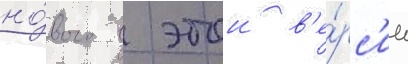
но́вого в этои в'е́рс'ии